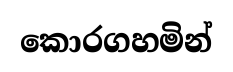
කොරගහමින්